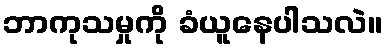
ဘာကုသမှုကို ခံယူနေပါသလဲ။